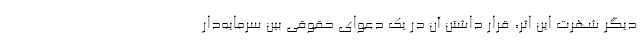
دیگر شهرت این اثر، قرار داشتن آن در یک دعوای حقوقی بین سرمایه‌دار